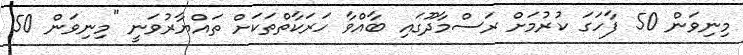
މިނިވަން 50 ފާހަގަ ކުރުމަށް ރަސްމާދޫގައި ބާއްވާ ހަރަކާތްތަކަށް ތައްޔާރުވަނީ "މިނިވަން 50